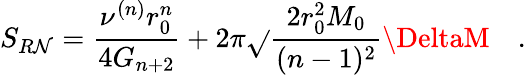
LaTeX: S_{R\mathcal{N}}=\frac{{\nu^{(n)}r_{0}^{n}}}{{4G_{n+2}}}+2\pi\sqrt{}{{\frac{{2r_{0}^{2}M_{0}}}{{(n-1)^{2}}}\DeltaM}}\quad.